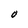
Character: O